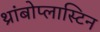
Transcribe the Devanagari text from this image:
थ्रांबोप्लास्टिन